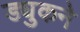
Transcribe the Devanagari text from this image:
ड्युकने